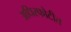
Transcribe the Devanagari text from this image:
अधिस्फोटीत